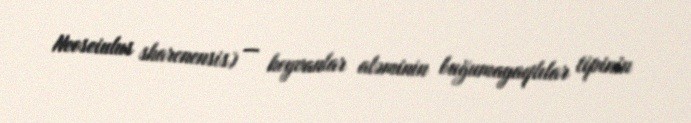
Neoseiulus sharonensis) — heyvanlar aləminin buğumayaqlılar tipinin